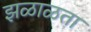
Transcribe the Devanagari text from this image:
झळाळता